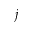
j